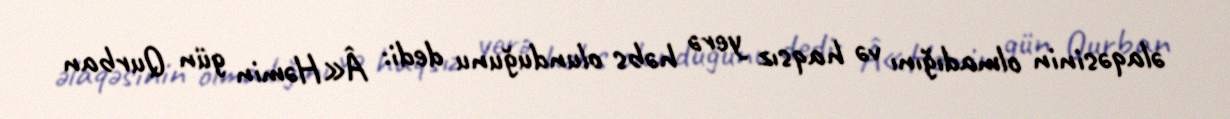
əlaqəsinin olmadığını və haqsız yerə həbs olunduğunu dedi: Â«Həmin gün Qurban